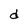
Character: d